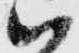
ハ